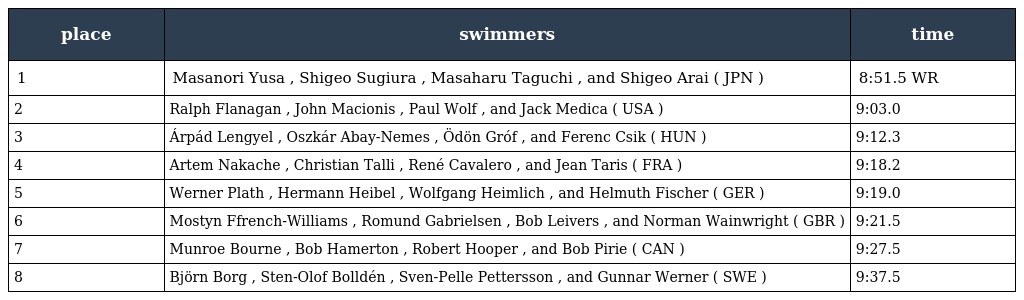
| place | swimmers | time |
 | --- | --- | --- |
 | 1 | Masanori Yusa , Shigeo Sugiura , Masaharu Taguchi , and Shigeo Arai ( JPN ) | 8:51.5 WR |
 | 2 | Ralph Flanagan , John Macionis , Paul Wolf , and Jack Medica ( USA ) | 9:03.0 |
 | 3 | Árpád Lengyel , Oszkár Abay-Nemes , Ödön Gróf , and Ferenc Csik ( HUN ) | 9:12.3 |
 | 4 | Artem Nakache , Christian Talli , René Cavalero , and Jean Taris ( FRA ) | 9:18.2 |
 | 5 | Werner Plath , Hermann Heibel , Wolfgang Heimlich , and Helmuth Fischer ( GER ) | 9:19.0 |
 | 6 | Mostyn Ffrench-Williams , Romund Gabrielsen , Bob Leivers , and Norman Wainwright ( GBR ) | 9:21.5 |
 | 7 | Munroe Bourne , Bob Hamerton , Robert Hooper , and Bob Pirie ( CAN ) | 9:27.5 |
 | 8 | Björn Borg , Sten-Olof Bolldén , Sven-Pelle Pettersson , and Gunnar Werner ( SWE ) | 9:37.5 |